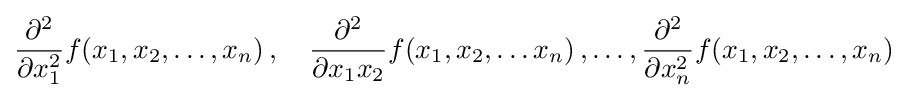
{\frac {\partial ^{2}}{\partial x_{1}^{2}}}f(x_{1},x_{2},\ldots ,x_{n})\,,\quad {\frac {\partial ^{2}}{\partial x_{1}x_{2}}}f(x_{1},x_{2},\ldots x_{n})\,,\ldots ,{\frac {\partial ^{2}}{\partial x_{n}^{2}}}f(x_{1},x_{2},\ldots ,x_{n})